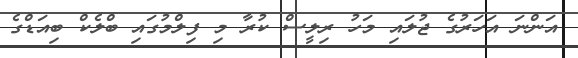
އަންނަ އަހަރުގެ ޖުލައި މަހު ރިލީސް ކުރާ މި ފިލްމުގައި ބްލެކް ބިއަޑްގެ